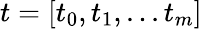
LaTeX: t=[t_{0},t_{1},...t_{m}]